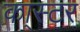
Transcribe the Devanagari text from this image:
का्स्‍टर